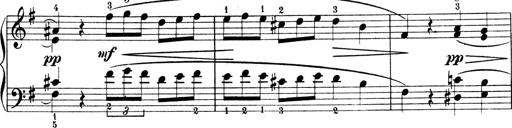
Title: 4 Sonatines
Composer: Max Reger